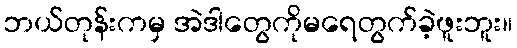
ဘယ်တုန်းကမှ အဲဒါတွေကိုမရေတွက်ခဲ့ဖူးဘူး။